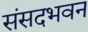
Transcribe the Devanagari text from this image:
संसदभवन